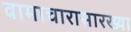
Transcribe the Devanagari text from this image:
वामाचारासारख्या